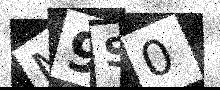
Text: M9S0